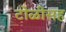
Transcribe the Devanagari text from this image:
टोळीसह